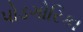
પોડગોરિકા